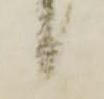
候